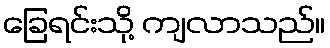
ခြေရင်းသို့ ကျလာသည်။